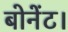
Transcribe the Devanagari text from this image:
बोनेंट।